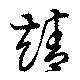
靖